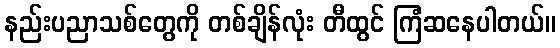
နည်းပညာသစ်တွေကို တစ်ချိန်လုံး တီထွင် ကြံဆနေပါတယ်။